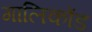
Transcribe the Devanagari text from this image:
गालिकोंड